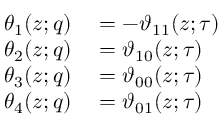
\begin{array} { r l } { \theta _ { 1 } ( z ; q ) } & { { } = - \vartheta _ { 1 1 } ( z ; \tau ) } \\ { \theta _ { 2 } ( z ; q ) } & { { } = \vartheta _ { 1 0 } ( z ; \tau ) } \\ { \theta _ { 3 } ( z ; q ) } & { { } = \vartheta _ { 0 0 } ( z ; \tau ) } \\ { \theta _ { 4 } ( z ; q ) } & { { } = \vartheta _ { 0 1 } ( z ; \tau ) } \end{array}